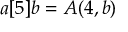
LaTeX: a [ 5 ] b = A ( 4 , b )